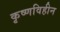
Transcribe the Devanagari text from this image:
कृष्णविहीन